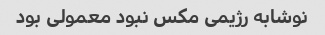
نوشابه رژیمی مکس نبود معمولی بود